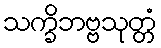
သက္ခိဘဗ္ဗသုတ္တံ